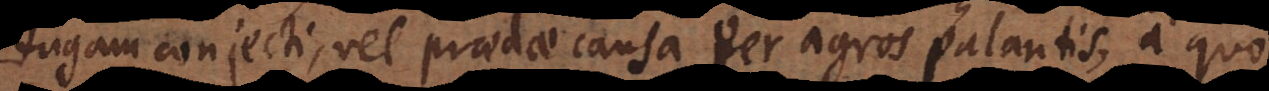
fugam conjecti, vel praedae causa per agros palantis, a quo